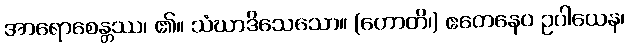
အာရောစေန္တဿ၊ ၏။ သံဃာဒိသေသော။ (ဟောတိ၊) ဧတေနေဝ ဥပါယေန၊